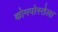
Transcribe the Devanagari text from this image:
कोमपोस्तेला